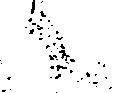
々